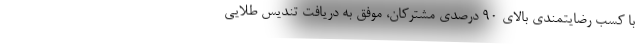
با کسب رضایتمندی بالای ۹۰ درصدی مشترکان، موفق به دریافت تندیس طلایی